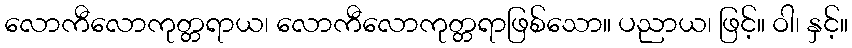
လောကီလောကုတ္တရာယ၊ လောကီလောကုတ္တရာဖြစ်သော။ ပညာယ၊ ဖြင့်။ ဝါ၊ နှင့်။